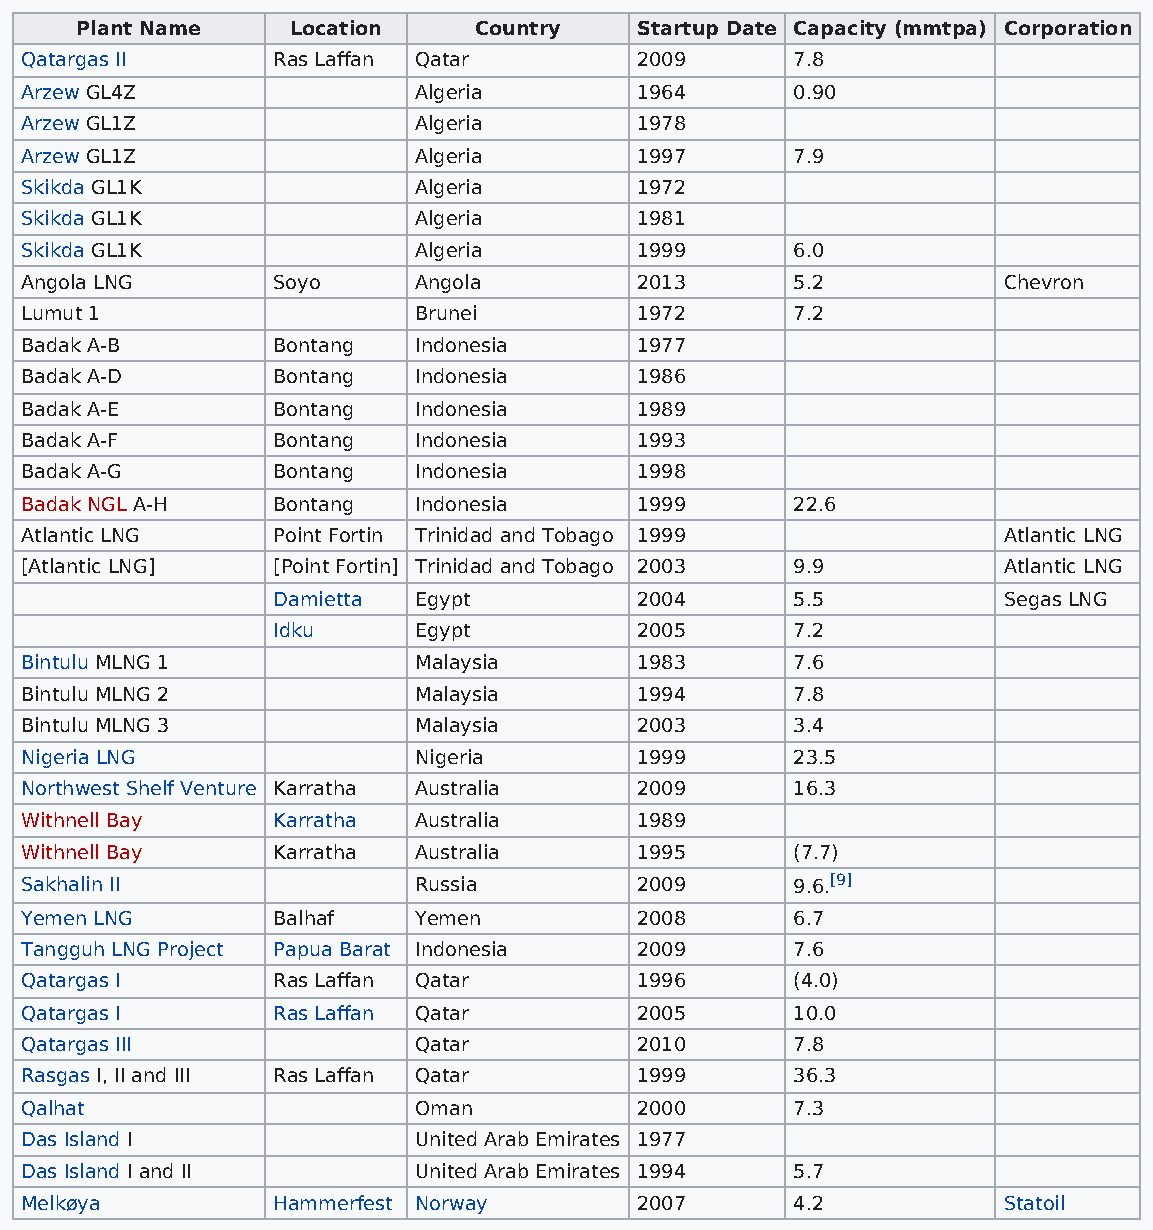
Plant Name    Location    Country    Startup Date Capacity (mmtpa) Corporation
 Qatargas II      Ras Laffan Qatar        2009      7.8
 Arzew GL4Z                Algeria        1964      0.90
 Arzew GL1Z                Algeria        1978
 Arzew GL1Z                Algeria        1997      7.9
 Skikda GL1K               Algeria        1972
 Skikda GL1K               Algeria        1981
 Skikda GL1K               Algeria        1999      6.0
 Angola LNG       Soyo     Angola         2013      5.2           Chevron
 Lumut 1                   Brunei         1972      7.2
 Badak A-B        Bontang  Indonesia      1977
 Badak A-D        Bontang  Indonesia      1986
 Badak A-E        Bontang  Indonesia      1989
 Badak A-F        Bontang  Indonesia      1993
 Badak A-G        Bontang  Indonesia      1998
 Badak NGL A-H    Bontang  Indonesia      1999      22.6
 Atlantic LNG     Point Fortin Trinidad and Tobago 1999           Atlantic LNG
 [Atlantic LNG]   [Point Fortin] Trinidad and Tobago 2003 9.9     Atlantic LNG
 Damietta Egypt          2004      5.5           Segas LNG
 Idku     Egypt          2005      7.2
 Bintulu MLNG 1            Malaysia       1983      7.6
 Bintulu MLNG 2            Malaysia       1994      7.8
 Bintulu MLNG 3            Malaysia       2003      3.4
 Nigeria LNG               Nigeria        1999      23.5
 Northwest Shelf Venture Karratha Australia 2009    16.3
 Withnell Bay     Karratha Australia      1989
 Withnell Bay     Karratha Australia      1995      (7.7)
 Sakhalin II               Russia         2009      9.6.[9]
 Yemen LNG        Balhaf   Yemen          2008      6.7
 Tangguh LNG Project Papua Barat Indonesia 2009     7.6
 Qatargas I       Ras Laffan Qatar        1996      (4.0)
 Qatargas I       Ras Laffan Qatar        2005      10.0
 Qatargas III              Qatar          2010      7.8
 Rasgas I, II and III Ras Laffan Qatar    1999      36.3
 Qalhat                    Oman           2000      7.3
 Das Island I              United Arab Emirates 1977
 Das Island I and II       United Arab Emirates 1994 5.7
 Melkøya          Hammerfest Norway       2007      4.2           Statoil